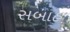
સબાહ